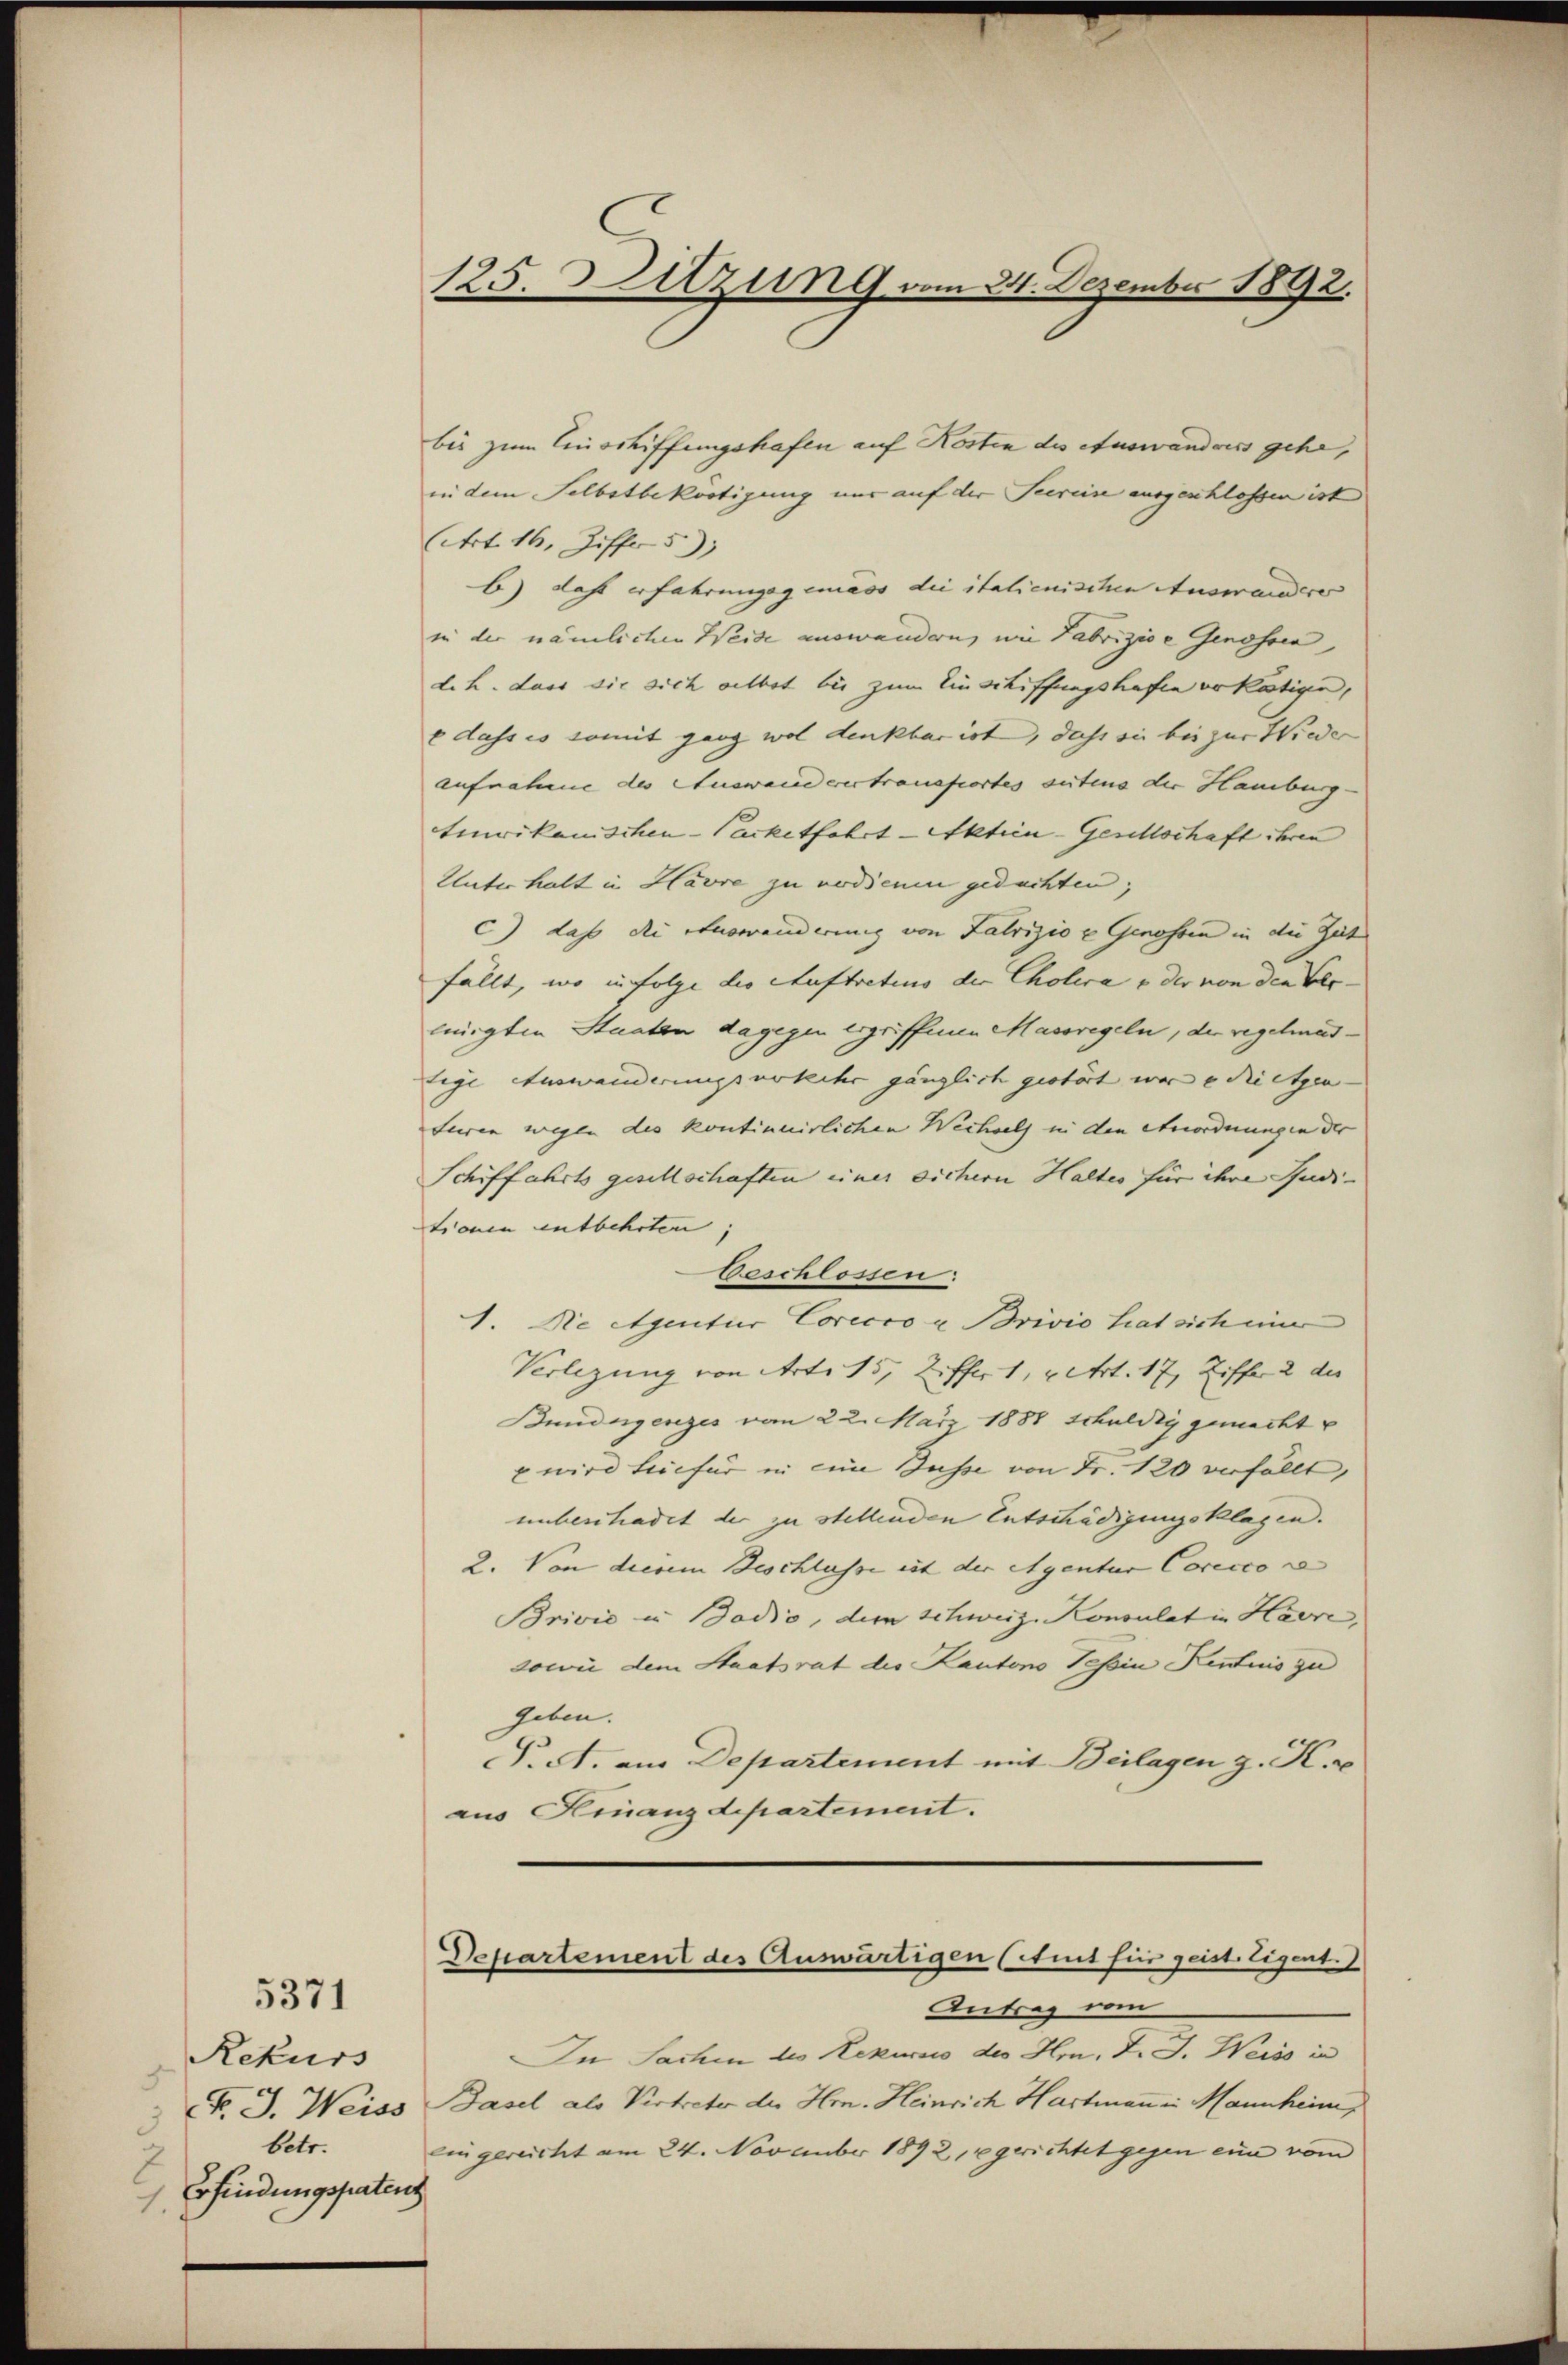
5371

Rekurs
3
betr.
Erfindungspatent
2

125. Sitzung vom 24. Dezember 1892.

bis zum Einschiffungshafen auf Kosten des Auswanders gehe,
in dem Selbstbekörtigung nur auf der Seerein ausgeschlossen ist
Art. 16, Ziffer 5)
b) dass erfahrungsgemäss die italienischen Auswandere
in der nämlichen Weide auswandern, wie Fabrizioe Genossen,
d. h. dass die sich selbst bis zum Einschiffungshafte vokötige,
e dass es somit ganz wol denkbar ist, dass sie bei zur Wieder
aufnahme des Auswanderertrauefiortes suitens der Hamburg
tenrikanischen-Packetfahrt Aktien-Gesellschaft ihren
Unterhalt in Havre zu verdienen gedachten;
c) dass die Einveränderung von Fabrizio c Genossen in die Zeit
fällt, wo infolge die Auftretius der Cholera o der von den Ver-
linigten Staaten dagegen ergriffenen Massregeln, der regelmädtige Auswanderungsverkehr gänzlich gestört war e die etzen- |
furen wegen des kontinuirlichen Wechsels in den Anordnungen der
Schiffahrts gesellschaften einer sichern Haltes für ihre Juditionen entbehrten.
beschlossen:
1. Die Agentur Corecco u Brivio hat sich mir
Verlegung von Art. 15, Ziffer 1, vert. 17, Ziffer 2 des
Bundeigenzes vom 22. März 1888 schuldig gemacht u
u wird hiefür in eine Busse von Fr. 120 verfällt,
unbeschadet der zu stellenden Entschädigungsklagen.
2. Von diesem Beschlusse est der Agentur Carecco z
Brivić u Badio, dem Schweiz. Konsulat in Havre,
sowie dem Staatsrat die Kantons Tessin Kentnis zu
geben.
T. A. am Departement mit Beilagen z. K. u
aus Finanzdepartement.

Departement des Auswärtigen (Steit für geist. Eigent.)
Antrag vom

In Sachen des Rekurs des Hrn. F. J. Weiss in
F. J. Weiss Basel als Vertreter der Hrn. Heinrich Hartmann in Mannheim
Ein gericht am 24. November 1892, gerichtet gegen eine vom